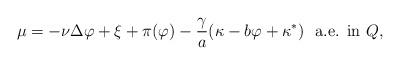
LaTeX: \begin{align*} \mu= - \nu \Delta \varphi + \xi + \pi(\varphi) - \frac{\gamma}{a} (\kappa - b \varphi + \kappa^*) \ \ \textrm{a.e. in $Q$,} \end{align*}